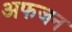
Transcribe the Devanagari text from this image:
अफजन